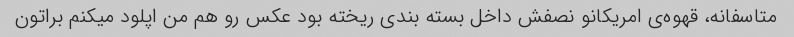
متاسفانه، قهوه‌ی امریکانو نصفش داخل بسته بندی ریخته بود عکس رو هم من اپلود میکنم براتون